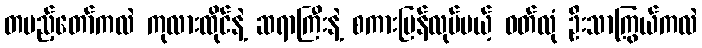
တပည့်တော်ကလဲ ကုလားထိုင်နဲ့ ဆရာကြီးနဲ့ စကားပြန်လုပ်မယ့် ဝတ်လုံ ဦးသာကြွယ်ကလဲ